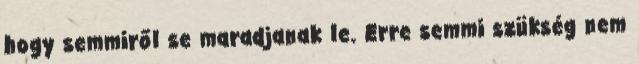
hogy semmiről se maradjanak le. Erre semmi szükség nem